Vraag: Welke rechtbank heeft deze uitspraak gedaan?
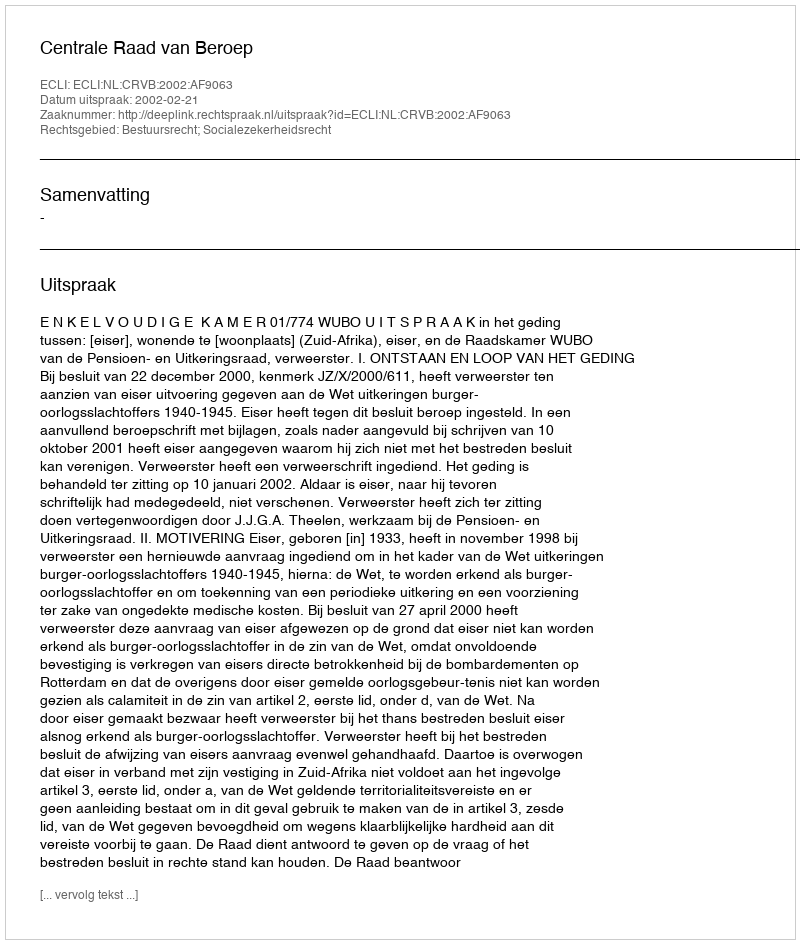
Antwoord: Centrale Raad van Beroep